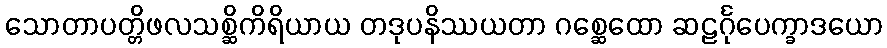
သောတာပတ္တိဖလသစ္ဆိကိရိယာယ တဒုပနိဿယတာ ဂစ္ဆေထော ဆဠင်္ဂုပေက္ခာဒယော